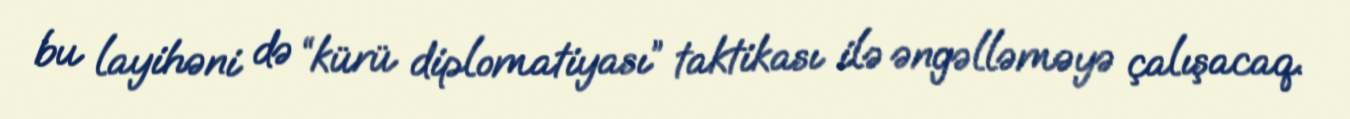
bu layihəni də “kürü diplomatiyası” taktikası ilə əngəlləməyə çalışacaq.